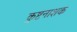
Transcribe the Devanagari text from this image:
कुष्टनाशक